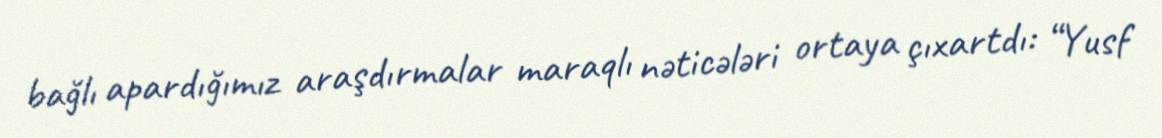
bağlı apardığımız araşdırmalar maraqlı nəticələri ortaya çıxartdı: “Yusf